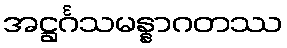
အဋ္ဌင်္ဂသမန္နာဂတဿ